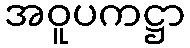
အဝူပကဋ္ဌာ